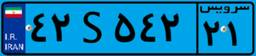
۴۲S۵۴۲۲۱